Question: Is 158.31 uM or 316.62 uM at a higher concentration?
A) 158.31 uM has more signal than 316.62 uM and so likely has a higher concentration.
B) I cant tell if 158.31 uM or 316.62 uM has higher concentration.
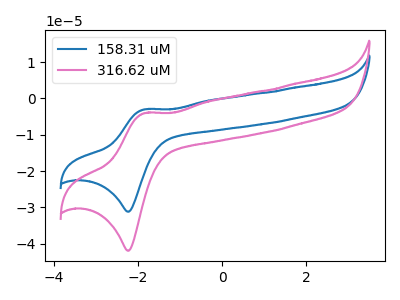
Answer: <think>The blue curve "158.31 uM" has an anodic peak at (-1.85V, -3.00uA) and a cathodic peak at (-2.25V, -31.20uA). The pink curve "316.62 uM" has an anodic peak at (-1.85V, -4.00uA) and a cathodic peak at (-2.25V, -41.95uA).
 All the peaks in "158.31 uM" have a peak in "316.62 uM" at the same potential.</think>
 <answer>B) I cant tell if "158.31 uM" or "316.62 uM" has higher concentration.</answer>
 <eval>B</eval>